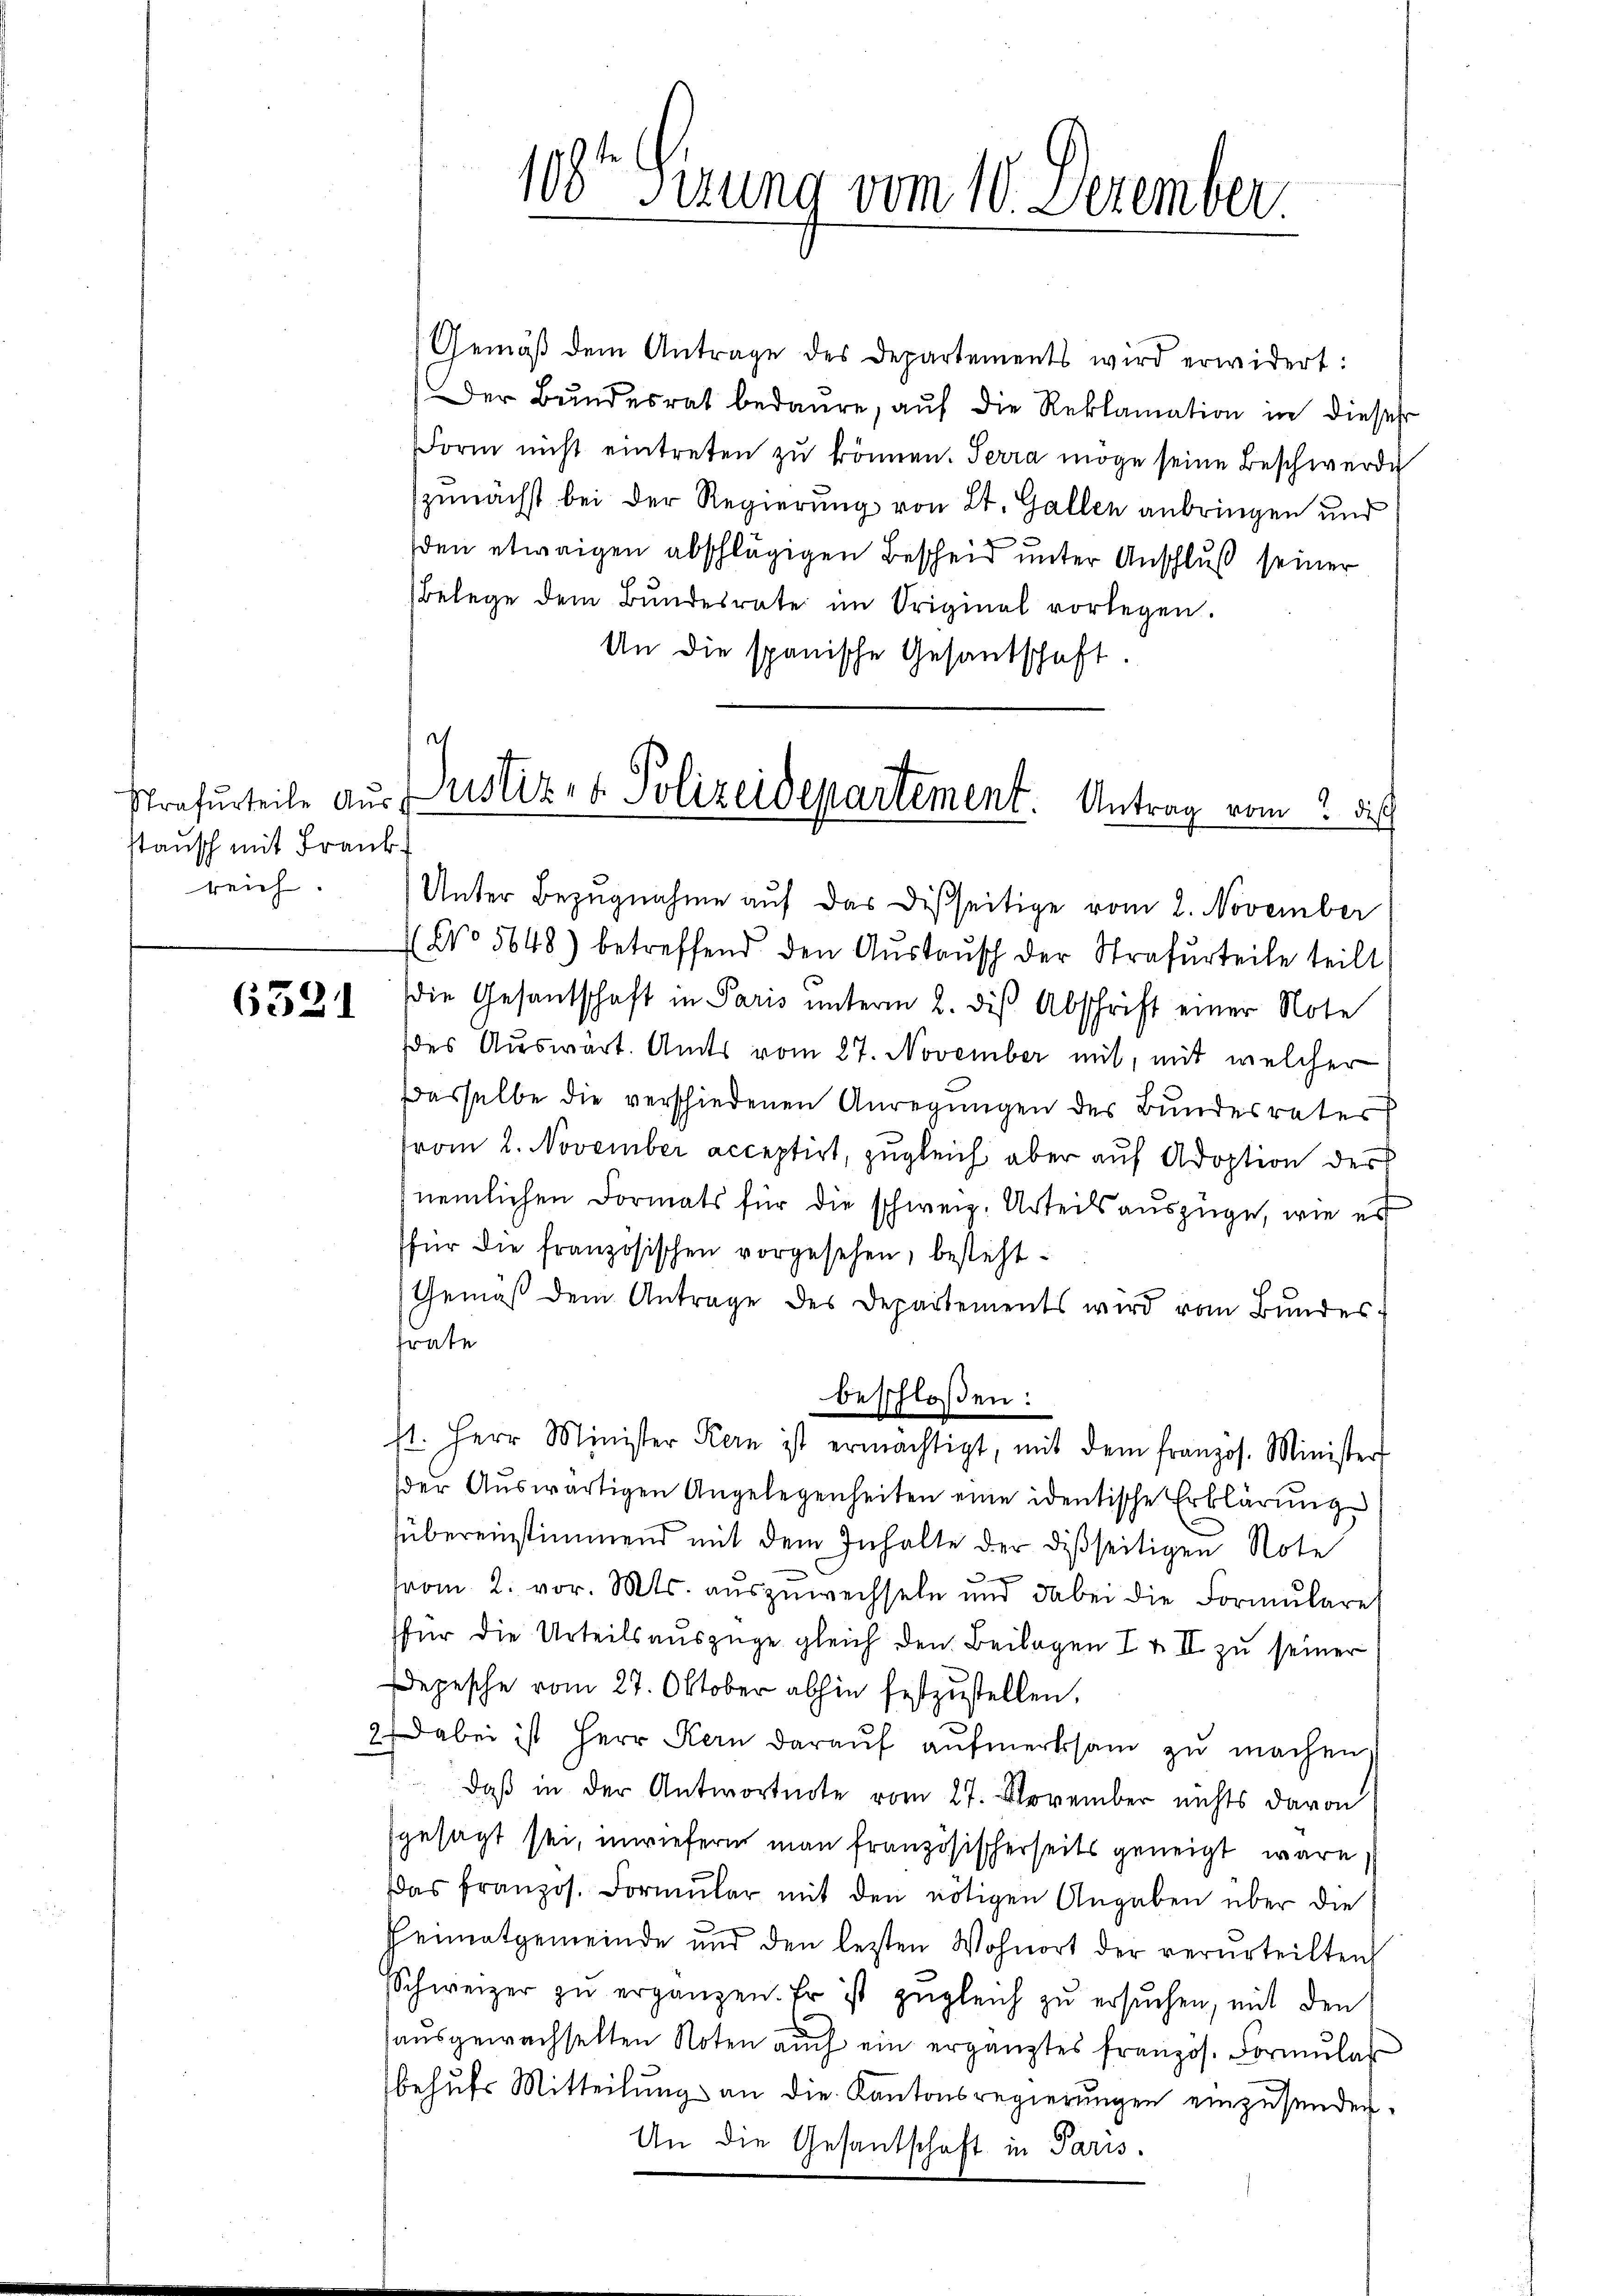
Strafurteile Ausstausch mit Frank
reich.

6321

Gemäβ dem Antrage des Departements wird erwidert:
Der Bundesrat bedaure, aŭf die Reklamation in dieses
Form nicht eintreten zŭ können. Terra möge seine Beschwerde
zunächst bei der Regierung von St. Gallen anbringen und
sden etwaigen abschlägigen Bescheid unter Anschluß seiner
Belege dem Bŭndesrate im Original vorlegen.
An die spanische Gesantschaft.
Unter Bezugnahme auf das desseitige vom 2. November
No 5648) betreffend den Aŭstausch der Strafurteile teilt.
Die Gesantschaft in Paris unterm 2. diß Abschrift einer Note
des Auswärt. Amts vom 27. November mit, mit welcher
Dasselbe die verschiedenen Anregungen des Bundesrater
trom 2. November acceptirt, zugleich aber auf Adoption der
nemlichen Formats für die schweiz. Urteilsauszüge, wie es
für die französischen vorgesehen, besteht
Gemäß dem Antrage des Departements wird vom Bundes.
frate
beschloßen:
st. Herr Minister Kern ist ermächtigt, mit dem franzos. Minister
der Auswärtigen Angelegenheiten eine identische Erklärung
übereinstimmend mit dem Inhalte der disseitigen Note
(vom 2. vor. Mts. auszuwechseln und dabei die Formularet
für die Urteilsauszüge gleich den Beilagen I & II zu seiner
Depesche vom 27. Oktober abhin festzŭstellen.
2 dabei ist Herr Kern daraŭf aŭfmerksam zŭ machen.
daß in der Antwortnote vom 27. November nichts davon
sgesagt sei, inwiefern man französischerseits geneigt wäre
Das französ. Formŭlar mit den nötigen Angaben über die
Heimatgemeinde und den letzten Wohnort der verurteilten
Schweizer zŭ ergänzen. Er ist zŭgleich zŭ ersŭchen, mit den
aŭsgewachselten Noten auch ein ergänztes französ. Formulat
behŭfs Mitteilung an die Kantonsregierungen einzusender.
An die Gesantschaft in Paris.

108te Sizung vom 10. Dezember

Justiz- & Polizeidepartement. Antrag vom 2 d